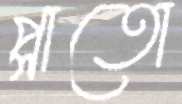
প্লাতো